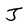
Character: J